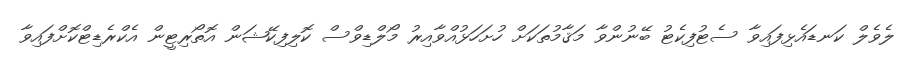
ލެވެލް ކަނޑައެޅިފައިވާ ސެޓުފިކެޓު ބޭނުންވާ މަޤާމުތަކަށް ހުށަހަޅުއްވާއިރު މޯލްޑިވްސް ކޮލިފިކޭޝަން އޮތޯރިޓީން އެކްރެޑިޓްކޮށްފައިވާ